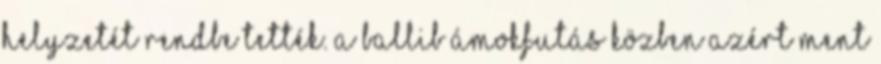
helyzetét rendbe tették. A ballib ámokfutás közben azért ment